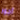
أجور